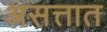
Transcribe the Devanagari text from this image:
असत्तात